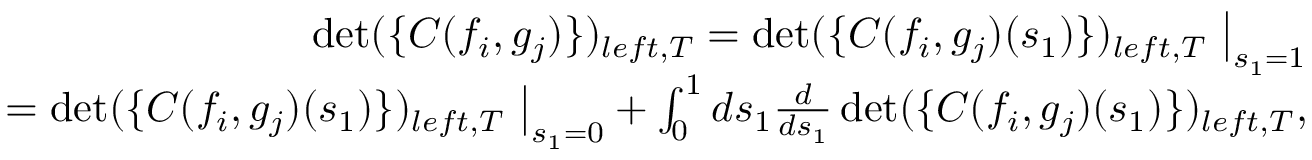
\begin{array} { r l r } & { } & { \operatorname* { d e t } ( \{ C ( f _ { i } , g _ { j } ) \} ) _ { l e f t , { \cal T } } = \operatorname* { d e t } ( \{ C ( f _ { i } , g _ { j } ) ( s _ { 1 } ) \} ) _ { l e f t , { \cal T } } \ \big | _ { s _ { 1 } = 1 } } \\ & { } & { = \operatorname* { d e t } ( \{ C ( f _ { i } , g _ { j } ) ( s _ { 1 } ) \} ) _ { l e f t , { \cal T } } \ \big | _ { s _ { 1 } = 0 } + \int _ { 0 } ^ { 1 } d s _ { 1 } \frac { d } { d s _ { 1 } } \operatorname* { d e t } ( \{ C ( f _ { i } , g _ { j } ) ( s _ { 1 } ) \} ) _ { l e f t , { \cal T } } , } \end{array}